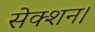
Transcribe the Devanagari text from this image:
सेक्शन।